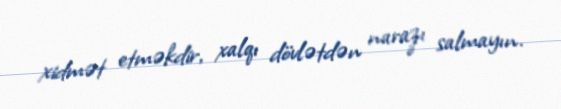
xidmət etməkdir, xalqı dövlətdən narazı salmayın.